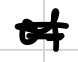
Text: of
Cross-out: double-line
Writing tool: digital_black